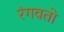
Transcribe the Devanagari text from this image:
रंगवतो